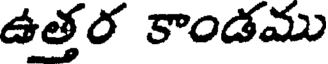
ఉత్తర కాండము